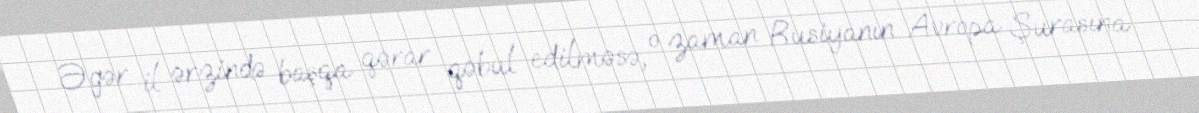
Əgər il ərzində başqa qərar qəbul edilməsə, o zaman Rusiyanın Avropa Şurasına